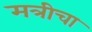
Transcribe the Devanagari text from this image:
मत्रीचा